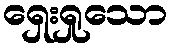
ရှေးရှုသော